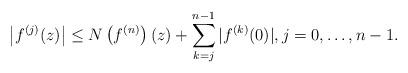
LaTeX: \begin{align*}\left|f^{(j)}(z)\right|\le N\left(f^{(n)}\right)(z)+\sum_{k=j}^{n-1}|f^{(k)}(0)|,j=0,\ldots, n-1.\end{align*}